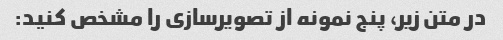
در متن زیر، پنج نمونه از تصویرسازی را مشخص کنید: